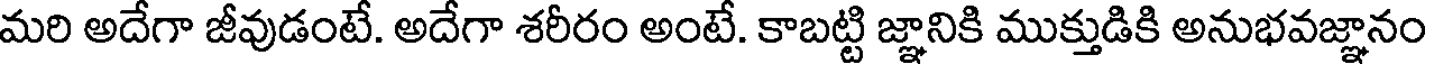
మరి అదేగా జీవుడంటే. అదేగా శరీరం అంటే. కాబట్టి జ్ఞానికి ముక్తుడికి అనుభవజ్ఞానం